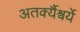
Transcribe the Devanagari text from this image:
अतर्क्यैश्वर्ये